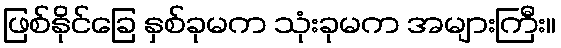
ဖြစ်နိုင်ခြေ နှစ်ခုမက သုံးခုမက အများကြီး။